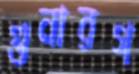
গুনারগ